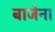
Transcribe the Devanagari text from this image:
बाजेना